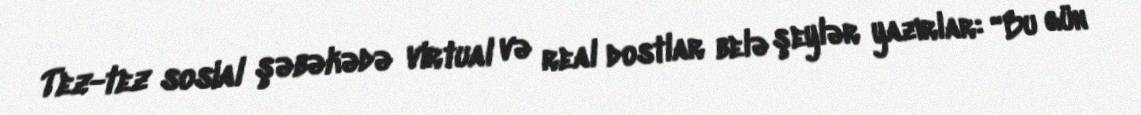
Tez-tez sosial şəbəkədə virtual və real dostlar belə şeylər yazırlar: “Bu gün